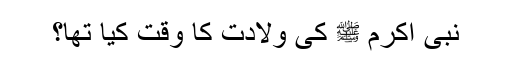
نبی اکرم ﷺ کی ولادت کا وقت کیا تھا؟